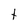
Character: t